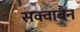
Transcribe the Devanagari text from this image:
सक्वाबैन